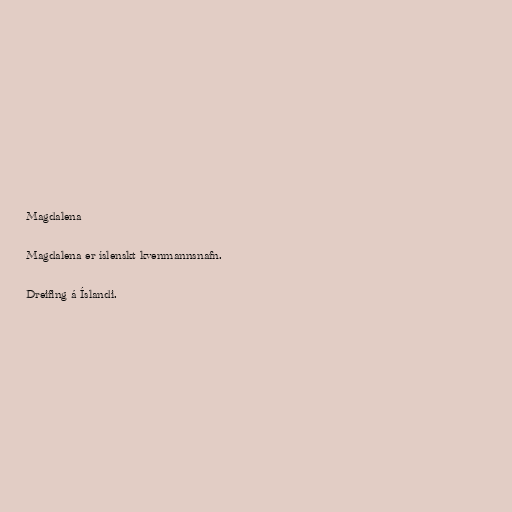
Magdalena

Magdalena er íslenskt kvenmannsnafn.

Dreifing á Íslandi.